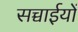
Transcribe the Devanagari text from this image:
सच्चाईयों